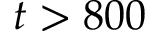
t > 8 0 0